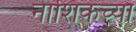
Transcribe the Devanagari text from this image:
नाशिकच्या़